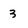
Character: 3